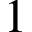
1